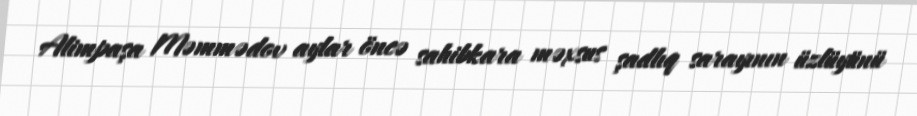
Alimpaşa Məmmədov aylar öncə sahibkara məxsus şadlıq sarayının üzlüyünü